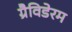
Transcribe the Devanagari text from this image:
ग्रैविडेरम